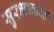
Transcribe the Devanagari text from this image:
सुरक्षाकवच